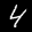
Label: 4